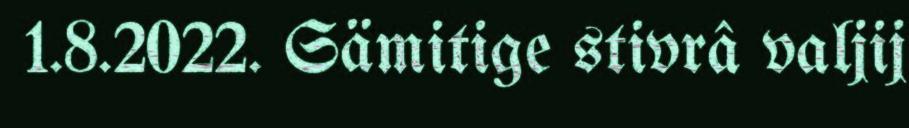
1.8.2022. Sämitige stivrâ valjij